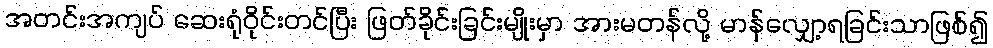
အတင်းအကျပ် ဆေးရုံဝိုင်းတင်ပြီး ဖြတ်ခိုင်းခြင်းမျိုးမှာ အားမတန်လို့ မာန်လျှော့ရခြင်းသာဖြစ်၍